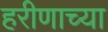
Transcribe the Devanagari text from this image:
हरीणाच्या